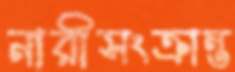
নারীসংক্রান্ত